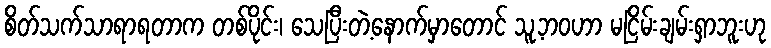
စိတ်သက်သာရာရတာက တစ်ပိုင်း၊ သေပြီးတဲ့နောက်မှာတောင် သူ့ဘဝဟာ မငြိမ်းချမ်းရှာဘူးဟု